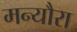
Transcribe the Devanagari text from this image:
मन्यौरा